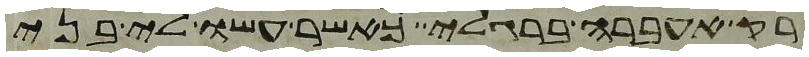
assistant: רק אעברה ברגלי כאשר עשו לי בני